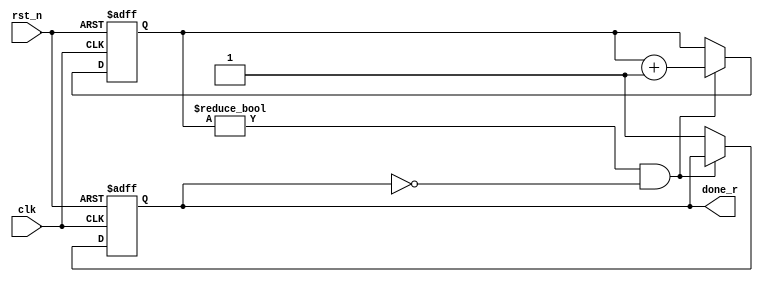
module chip (/*AUTOARG*/
  // Outputs
  done_r,
  // Inputs
  rst_n, clk
  );
  parameter MAX_VALUE = 0;
  input rst_n;
  input clk;
  output done_r;
  
  /*AUTOINPUT*/
  /*AUTOOUTPUT*/
  
  /*AUTOREG*/
  /*AUTOWIRE*/

  reg [7:0] counter;
  reg       done_r;
  wire      rst_n;
  wire      clock;
  always @(posedge clk or negedge rst_n) begin
    if(rst_n == 1'b0) begin
      /*AUTORESET*/
      // Beginning of autoreset for uninitialized flops
      counter <= 8'h0;
      done_r <= 1'h0;
      // End of automatics
    end
    else begin
      if ((counter != MAX_VALUE) && !done_r) begin
        counter <= counter+1;
      end
      else begin
        done_r <= 1'b1;
      end            
  

    end
  end
  
  



  
endmodule // chip
/*  
 Local Variables:
 verilog-library-directories:(
 "."
 )
 End:
 */